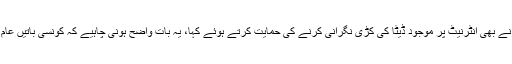
اسی طرح وفاقی وزیر داخلہ تھوماس دے میزیئر نے بھی انٹرنیٹ پر موجود ڈیٹا کی کڑی نگرانی کرنے کی حمایت کرتے ہوئے کہا، یہ بات واضح ہونی چاہیے کہ کونسی باتیں عام ہونی چاہئیں اور کونسی خفیہ رکھی جانی چاہئیں۔